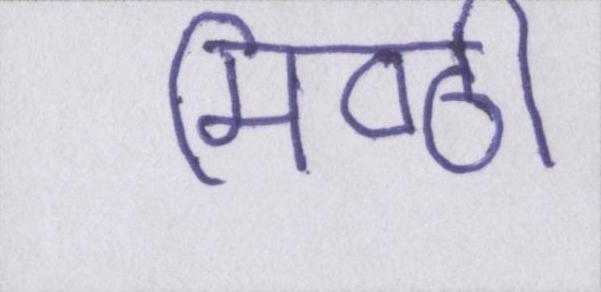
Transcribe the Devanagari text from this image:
मिष्ठी